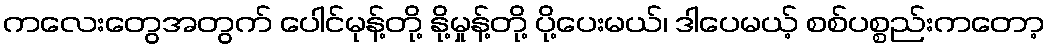
ကလေးတွေအတွက် ပေါင်မုန့်တို့ နို့မှုန့်တို့ ပို့ပေးမယ်၊ ဒါပေမယ့် စစ်ပစ္စည်းကတော့